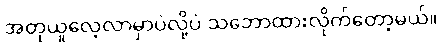
အတုယူလေ့လာမှာပဲလို့ပဲ သဘောထားလိုက်တော့မယ်။